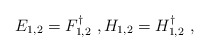
\begin{align*}E_{1,2}=F_{1,2}^\dagger\ ,H_{1,2}=H_{1,2}^\dagger\ ,\end{align*}